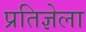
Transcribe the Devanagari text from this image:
प्रतिज्ञेला